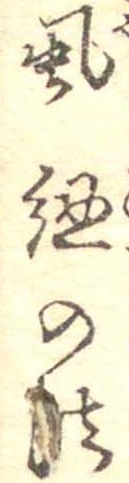
虱紐の法